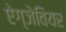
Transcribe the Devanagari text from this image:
ऐग्जेवियर